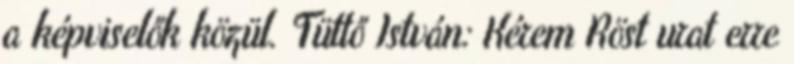
a képviselők közül. Tüttő István: Kérem Röst urat erre